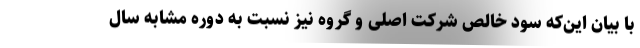
با بیان این‌که سود خالص شرکت اصلی و گروه نیز نسبت به دوره مشابه سال